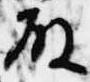
殿